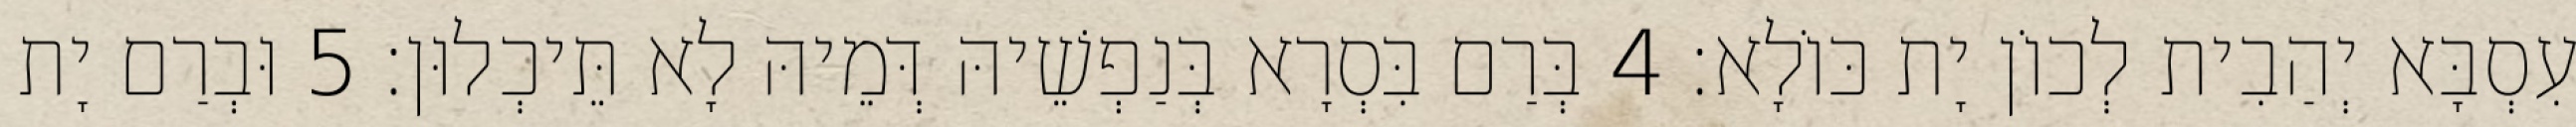
עִסְבָּא יְהַבִית לְכוֹן יָת כּוֹלָא׃ 4 בְּרַם בִּסְרָא בְּנַפְשֵׁיהּ דְּמֵיהּ לָא תֵּיכְלוּן׃ 5 וּבְרַם יָת